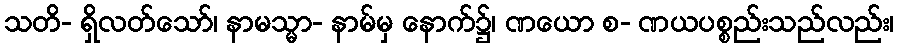
သတိ- ရှိလတ်သော်၊ နာမသ္မာ- နာမ်မှ နောက်၌၊ ဏယော စ- ဏယပစ္စည်းသည်လည်း၊